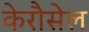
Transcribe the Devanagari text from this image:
केरौसेल